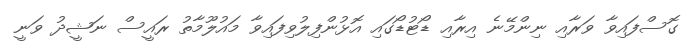
ގޮސްފައިވާ ވަރާއި ނިންމޭނެ އިރާއި ޑޯޓުޑޯގައި އޮޅުންފިލުވިފައިވާ މައުލޫމާތު ރައީސް ނަޝީދު ވަނީ